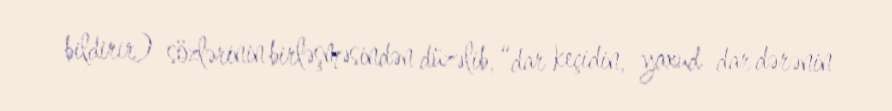
bildirir) sözlərinin birləşməsindən düzəlib, “dar keçidin, yaxud dar dərənin